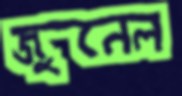
জুনেল